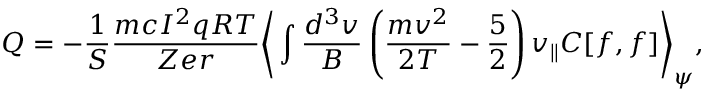
Q = - \frac { 1 } { S } \frac { m c I ^ { 2 } q R T } { Z e r } \Bigg \langle \int \frac { d ^ { 3 } v } { B } \left( \frac { m v ^ { 2 } } { 2 T } - \frac { 5 } { 2 } \right) v _ { \parallel } C [ f , f ] \Bigg \rangle _ { \psi } ,